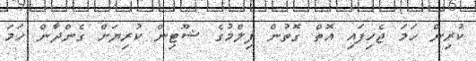
ކުރިން ހަމަ ޖެހިފައި އޮތް ގޮތުން ފިލްމުގެ ޝޫޓިން ކުރިޔަށް ގެންދާން ހަމަ